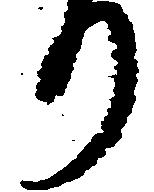
り